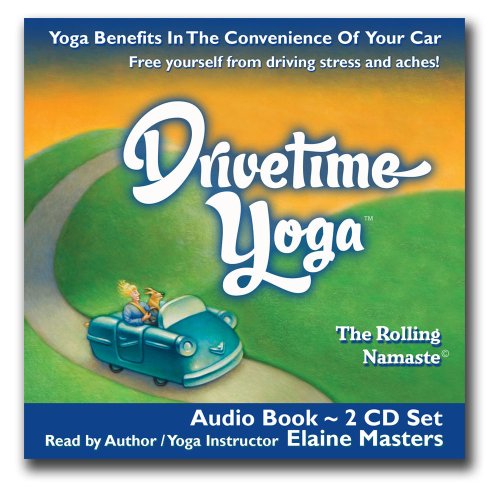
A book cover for Drivetime Yoga: Award Winning Audio Book; Elaine Masters; Travel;